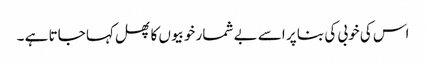
اس کی خوبی کی بنا پر اسے بے شمار خوبیوں کا پھل کہا جاتا ہے ۔